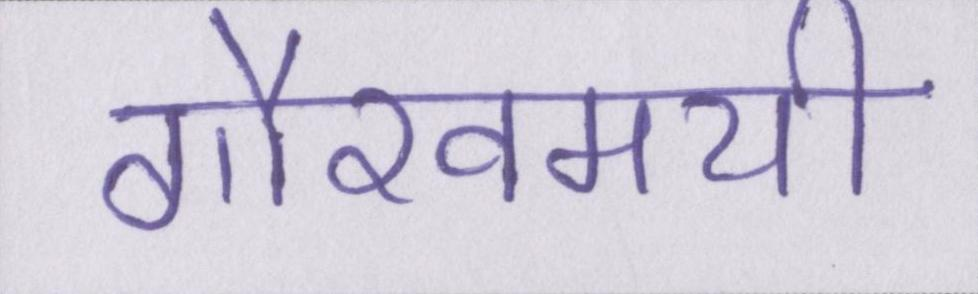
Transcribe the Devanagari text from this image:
गौरवमयी